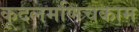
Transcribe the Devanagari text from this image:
कूदलमणिचकाम